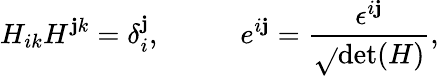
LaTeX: H_{ik}H^{\mathbf{j}k}=\delta_{i}^{\mathbf{j}},\; \; \; \; \; \; \; \; \; \; e^{i\mathbf{j}}=\frac{{\epsilon^{i\mathbf{j}}}}{{\sqrt{}{{\mathrm{{det}}(H)}}}},